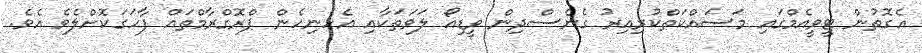
އެގޮތުން ޓީވީއެމްގައި މަސައްކަތްކުރިއިރު ގެނެސްދިން ވީޑިއޯ ލަވަތަކާއި އެހެނިހެން ޕްރޮގްރާމްތައް ފާހަގަކޮށްލެވެ އެވެ.